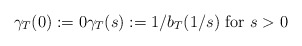
\begin{align*}\gamma_{T}(0):=0\gamma_{T}(s):=1/b_{T}(1/s)\text{ for }s>0\end{align*}